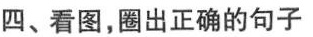
四、看图,圈出正确的句子